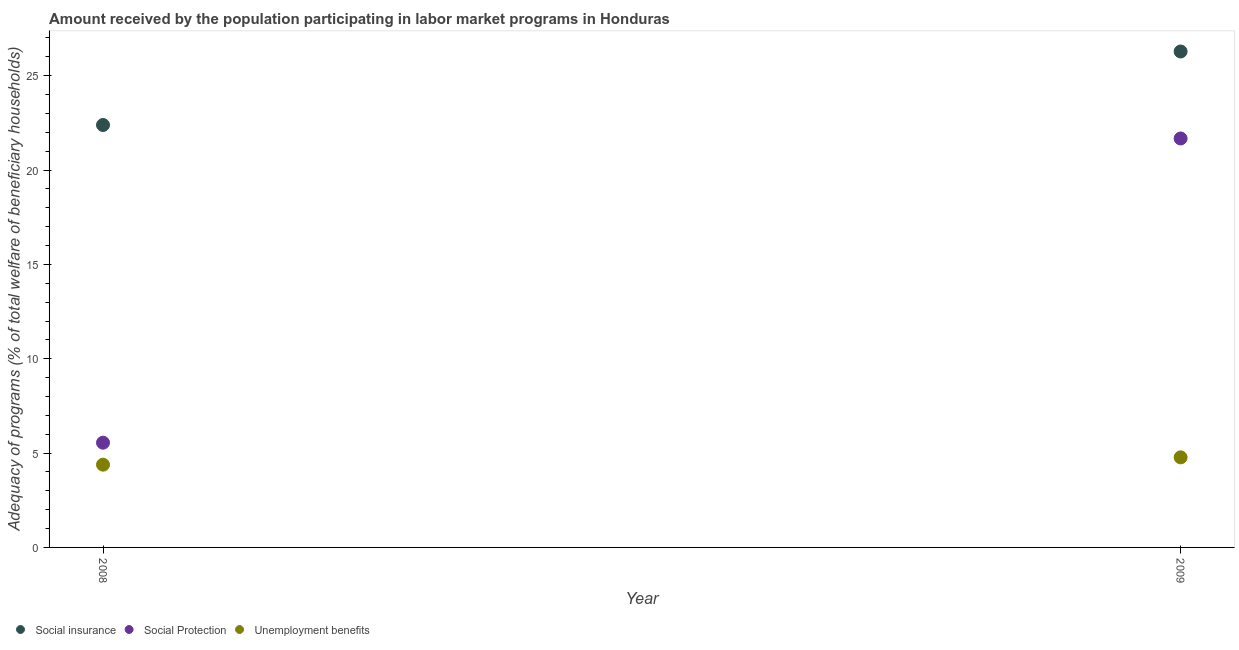
| Year | Social insurance | Social Protection | Unemployment benefits |
 | --- | --- | --- | --- |
 | 2008 | 22.4 | 5.55 | 4.39 |
 | 2009 | 26.3 | 21.7 | 4.77 |